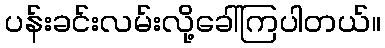
ပန်းခင်းလမ်းလို့ခေါ်ကြပါတယ်။